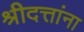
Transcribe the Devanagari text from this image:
श्रीदत्तांना